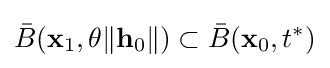
{\bar {B}}(\mathbf {x} _{1},\theta \|\mathbf {h} _{0}\|)\subset {\bar {B}}(\mathbf {x} _{0},t^{*})